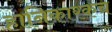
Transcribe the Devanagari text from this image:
हानिकारकच